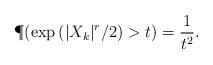
LaTeX: \begin{align*}\P(\exp{(|X_k|^r/2)} > t) = \frac{1}{t^2}.\end{align*}